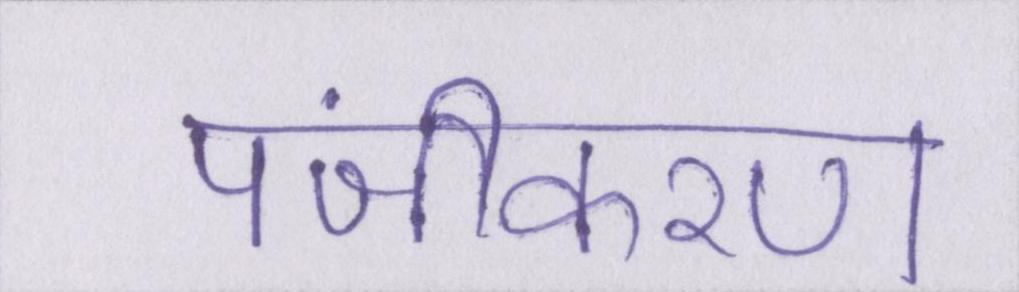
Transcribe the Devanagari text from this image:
पंजीकरण